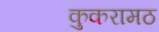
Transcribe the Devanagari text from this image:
कुकरामठ